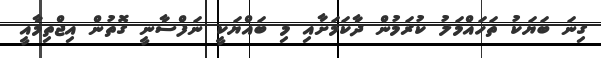
ގިނަ ބަޔަކު ތަހައްމަލު ކުރަމުން ދާކަމަށާއި މި ބައްޔަކީ ނަފްސާނީ ގޮތުން އިޖްތިމާއީ